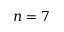
n = 7